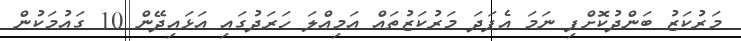
މަރުކަޒު ބަންދުކޮށްފި ނަމަ އެފަދަ މަރުކަޒުތައް އަމިއްލަ ހަރަދުގައި އަޅައިދޭން 10 ގައުމަކުން